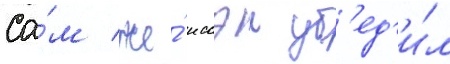
Са́м же́ иссэи уб'ед'и́л